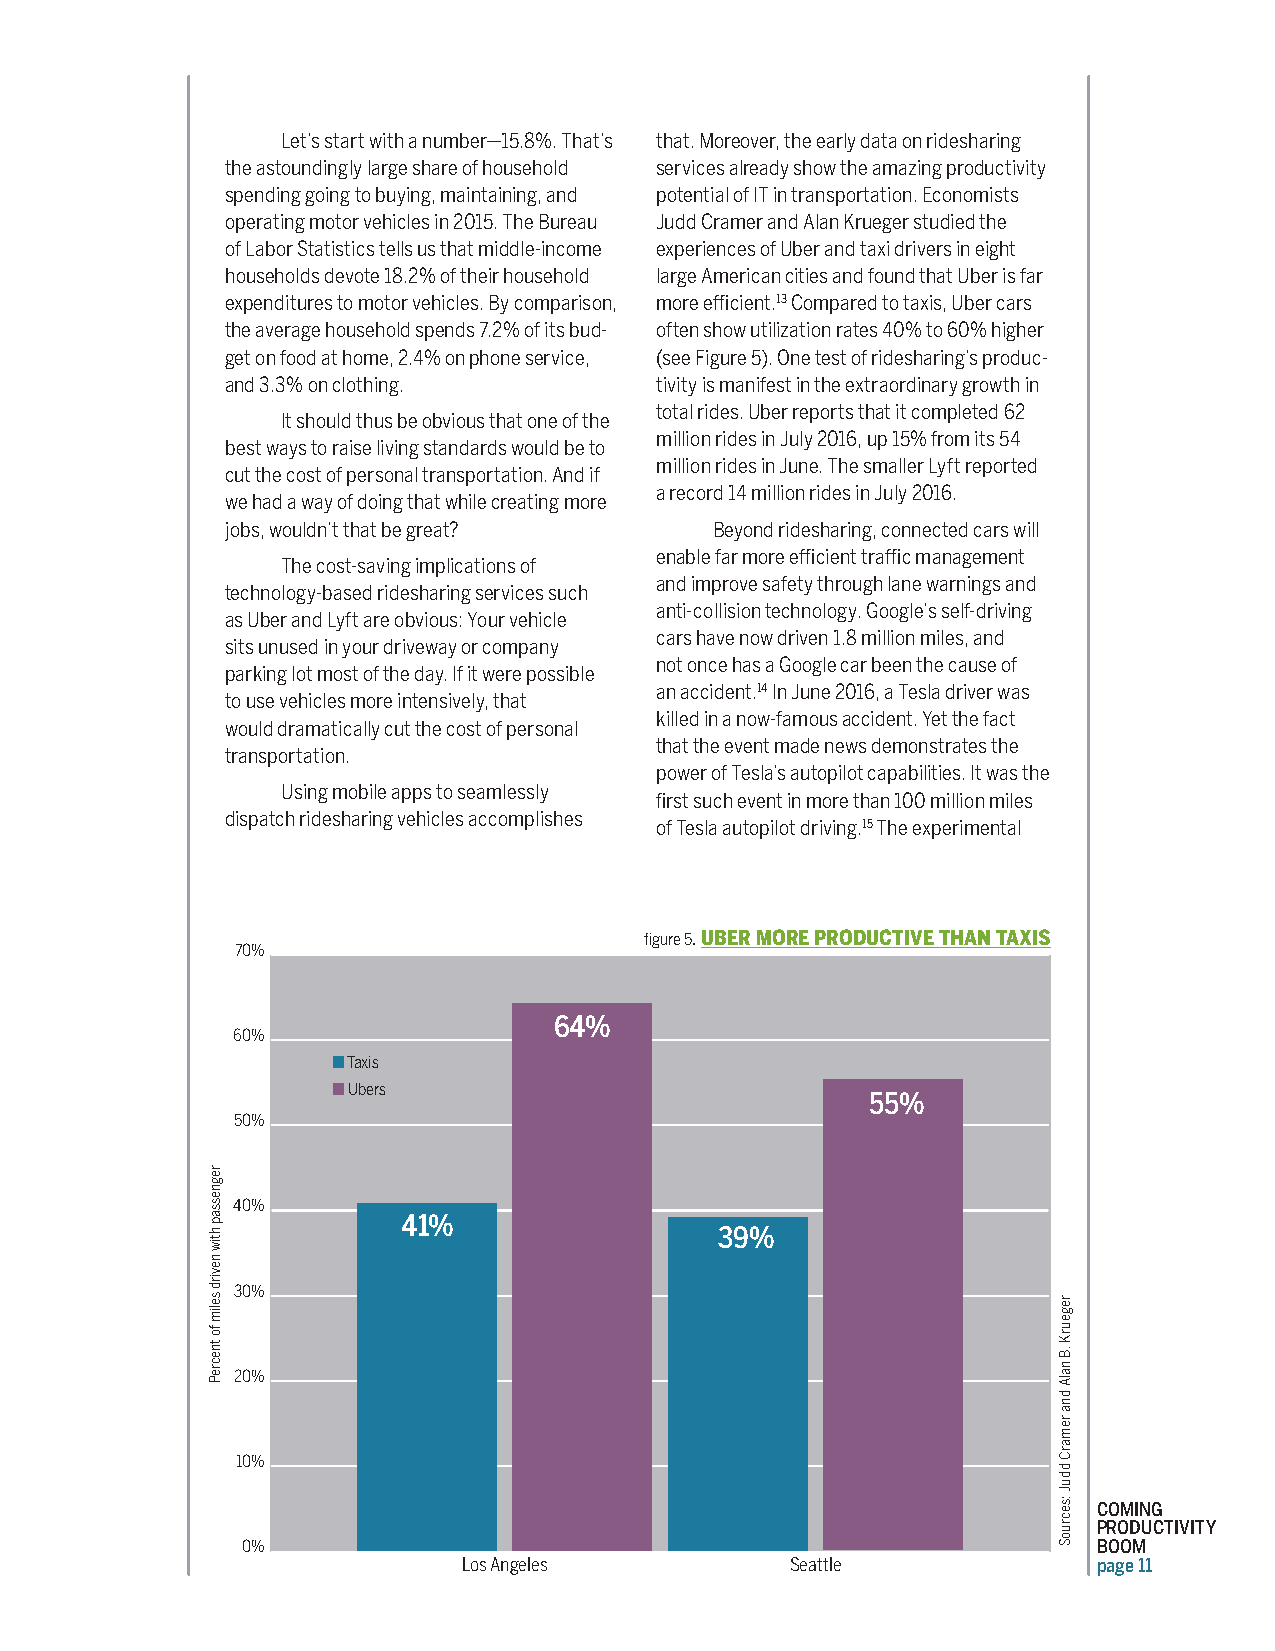
Let’s start with a number—15.8%. That’s that. Moreover, the early data on ridesharing
 the astoundingly large share of household services already show the amazing productivity
 spending going to buying, maintaining, and potential of IT in transportation. Economists
 operating motor vehicles in 2015. The Bureau Judd Cramer and Alan Krueger studied the
 of Labor Statistics tells us that middle-income experiences of Uber and taxi drivers in eight
 households devote 18.2% of their household large American cities and found that Uber is far
 expenditures to motor vehicles. By comparison, more efficient.13 Compared to taxis, Uber cars
 the average household spends 7.2% of its bud- often show utilization rates 40% to 60% higher
 get on food at home, 2.4% on phone service, (see Figure 5). One test of ridesharing’s produc-
 and 3.3% on clothing.       tivity is manifest in the extraordinary growth in
 total rides. Uber reports that it completed 62
 It should thus be obvious that one of the
 million rides in July 2016, up 15% from its 54
 best ways to raise living standards would be to
 million rides in June. The smaller Lyft reported
 cut the cost of personal transportation. And if
 a record 14 million rides in July 2016.
 we had a way of doing that while creating more
 jobs, wouldn’t that be great?   Beyond ridesharing, connected cars will
 enable far more efficient traffic management
 The cost-saving implications of
 and improve safety through lane warnings and
 technology-based ridesharing services such
 anti-collision technology. Google’s self-driving
 as Uber and Lyft are obvious: Your vehicle
 cars have now driven 1.8 million miles, and
 sits unused in your driveway or company
 not once has a Google car been the cause of
 parking lot most of the day. If it were possible
 an accident.14 In June 2016, a Tesla driver was
 to use vehicles more intensively, that
 killed in a now-famous accident. Yet the fact
 would dramatically cut the cost of personal
 that the event made news demonstrates the
 transportation.
 power of Tesla’s autopilot capabilities. It was the
 Using mobile apps to seamlessly
 first such event in more than 100 million miles
 dispatch ridesharing vehicles accomplishes
 of Tesla autopilot driving.15 The experimental
 figure 5. UBER MORE PRODUCTIVE THAN TAXIS
 70%
 64%
 60%
 ■ Taxis
 ■ Ubers
 55%
 50%
 40%
 41%
 39%
 30%
 20%
 10%
 COMING
 PRODUCTIVITY
 0%                                                       BOOM
 Los Angeles          Seattle              page 11
 regnessap
 htiw
 nevird
 selim
 fo
 tnecreP
 regeurK
 .B
 nalA
 dna
 remarC
 dduJ
 :secruoS